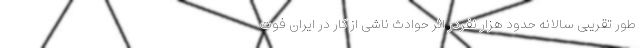
طور تقریبی سالانه حدود هزار نفردر اثر حوادث ناشی از کار در ایران فوت